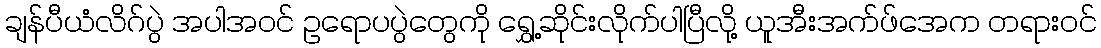
ချန်ပီယံလိဂ်ပွဲ အပါအဝင် ဥရောပပွဲတွေကို ရွှေ့ဆိုင်းလိုက်ပါပြီလို့ ယူအီးအက်ဖ်အေက တရားဝင်